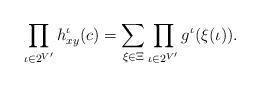
LaTeX: \begin{align*} \prod_{\iota \in 2^{V'}} h_{xy}^\iota(c) = \sum_{\xi \in \Xi} \prod_{\iota \in 2^{V'}} g^{\iota}(\xi(\iota)).\end{align*}